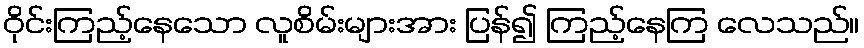
ဝိုင်းကြည့်နေသော လူစိမ်းများအား ပြန်၍ ကြည့်နေကြ လေသည်။